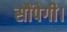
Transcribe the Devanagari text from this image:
सौंपेगी।